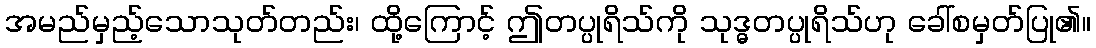
အမည်မှည့်သောသုတ်တည်း၊ ထို့ကြောင့် ဤတပ္ပုရိသ်ကို သုဒ္ဓတပ္ပုရိသ်ဟု ခေါ်စမှတ်ပြု၏။